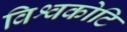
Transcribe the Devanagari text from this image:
विश्वकोटि